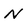
Character: N